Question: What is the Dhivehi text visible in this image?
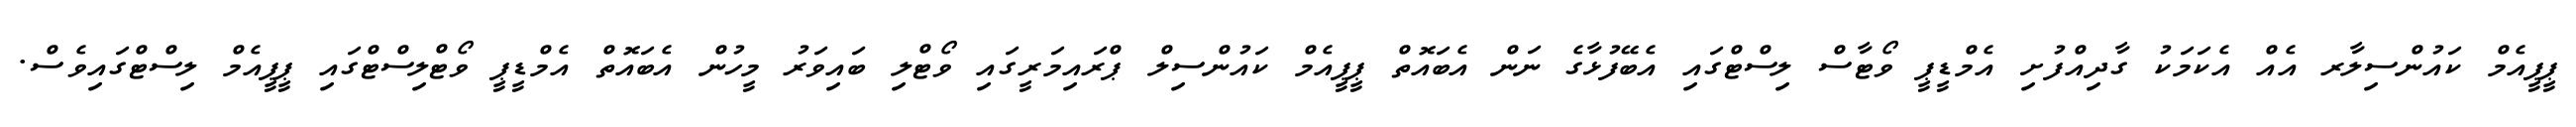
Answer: ޕީޕީއެމް ކައުންސިލާރ އެއް އެކަމަކު ގާދިއްފުށި އެމްޑީޕީ ވޯޓާސް ލިސްޓްގައި އެބޭފުޅާގެ ނަން އެބައޮތް ޕީޕީއެމް ކައުންސިލް ޕްރައިމަރީގައި ވޯޓްލި ބައިވަރު މީހުން އެބައޮތް އެމްޑީޕީ ވޯޓްލިސްޓްގައި ޕީޕީއެމް ލިސްޓްގައިވެސް.